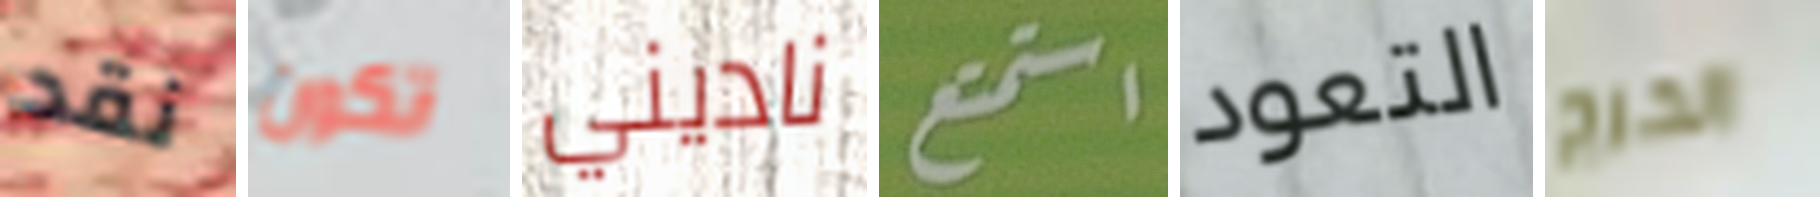
نقد تكون ناديني استمتع التعود الحرج